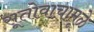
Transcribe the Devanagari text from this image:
सूतोवाचामूळे